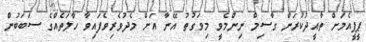
ޕީޕީއެމަށް ތާއީދުކުރަން ގާސިމް ނިންމެވީ މިވަގުތު އޭނާ އަށް މެދުވެރިވެފައިވާ ހާލަތެއްގެ ސަބަބުން